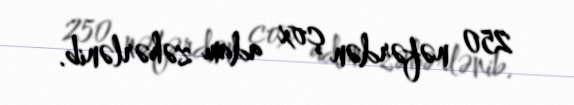
250 nəfərdən çox adam zəhərlənib.